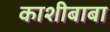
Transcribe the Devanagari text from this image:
काशीबाबा